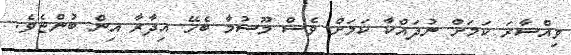
ވިއްސާރަ ކަމަށް ނުދައްކާ ކަމަށް ވެސް މޫސުމާ ބެހޭ އިދާރާ އިން ބުންޏެވެ.